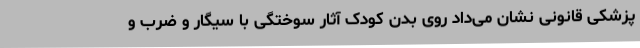
پزشکی قانونی نشان می‌داد روی بدن کودک آثار سوختگی با سیگار و ضرب و